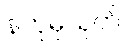
နတုမှသုတ်